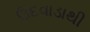
ઉદવાડાથી